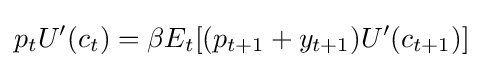
p_{t}U'(c_{t})=\beta E_{t}[(p_{t+1}+y_{t+1})U'(c_{t+1})]